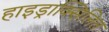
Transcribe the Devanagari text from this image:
हाइड्राक्सिलित